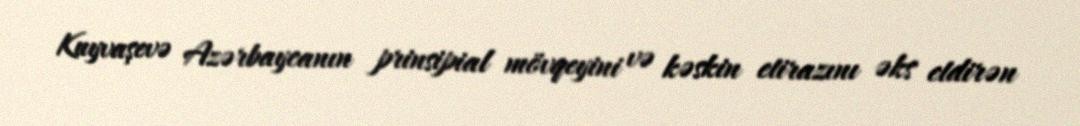
Kuyvaşevə Azərbaycanın prinsipial mövqeyini və kəskin etirazını əks etdirən